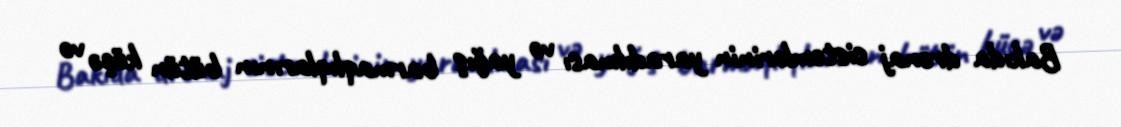
Bakıda drenaj sistemlərinin yaradılması və yağış barmaqlıqlarının bütün küçə və